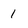
Character: 1